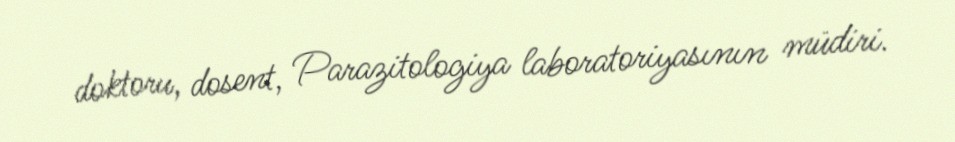
doktoru, dosent, Parazitologiya laboratoriyasının müdiri.